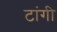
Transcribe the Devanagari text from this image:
टांगी